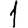
Digit: 1